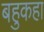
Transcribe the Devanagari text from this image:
बहुकहा